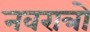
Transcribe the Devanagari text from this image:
नवरात्रो